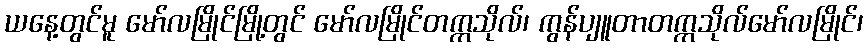
ယနေ့တွင်မူ မော်လမြိုင်မြို့တွင် မော်လမြိုင်တက္ကသိုလ်၊ ကွန်ပျူတာတက္ကသိုလ်မော်လမြိုင်၊